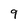
Character: 9